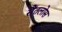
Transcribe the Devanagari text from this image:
सैंतलोस